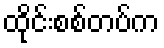
ထိုင်းစစ်တပ်က